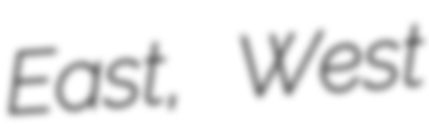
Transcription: East, West